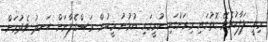
މިއީ ލަފާކުރެވޭ ގޮތުގައި މިރަށުގައި ކުރީގައި އުޅުނު މީހުން ރަސްގެފާނަށް ހަނދު ވެދުމަށް